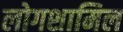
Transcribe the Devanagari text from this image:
लोगशामिल